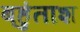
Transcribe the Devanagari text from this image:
बहुंताश